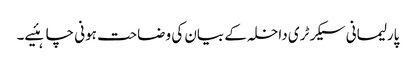
پارلیمانی سیکرٹری داخلہ کے بیان کی وضاحت ہونی چاہئیے۔